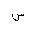
Letter: _sin